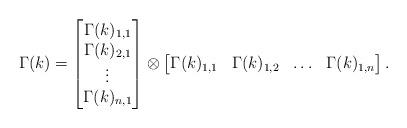
LaTeX: \begin{align*} \Gamma(k) = \begin{bmatrix} \Gamma(k)_{1,1} \\ \Gamma(k)_{2,1} \\ \vdots \\ \Gamma(k)_{n,1} \end{bmatrix} \otimes \begin{bmatrix} \Gamma(k)_{1,1} & \Gamma(k)_{1,2} & \ldots & \Gamma(k)_{1,n}\end{bmatrix}.\end{align*}